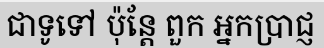
ជាទូទៅ ប៉ុន្តែ ពួក អ្នកប្រាជ្ញ